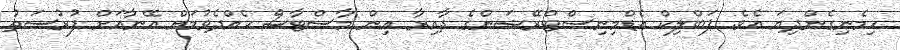
ހިމެނިގެންދިޔަ އެވެ. ޕަބްލިކް އެޑްމިނިސްޓްރޭޝަންގެ ދާއިރާ އިން މާސްޓާސް ހެއްދެވުމަށް އޭނާއަށް ފުރުސަތު